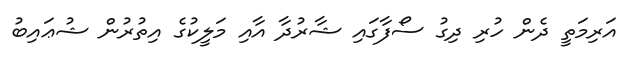
އަރިމަތީ ދެން ހުރި ދިގު ސޯފާގައި ޝާރުދާ އާއި މަލީކުގެ އިތުރުން ޝުޢައިބު